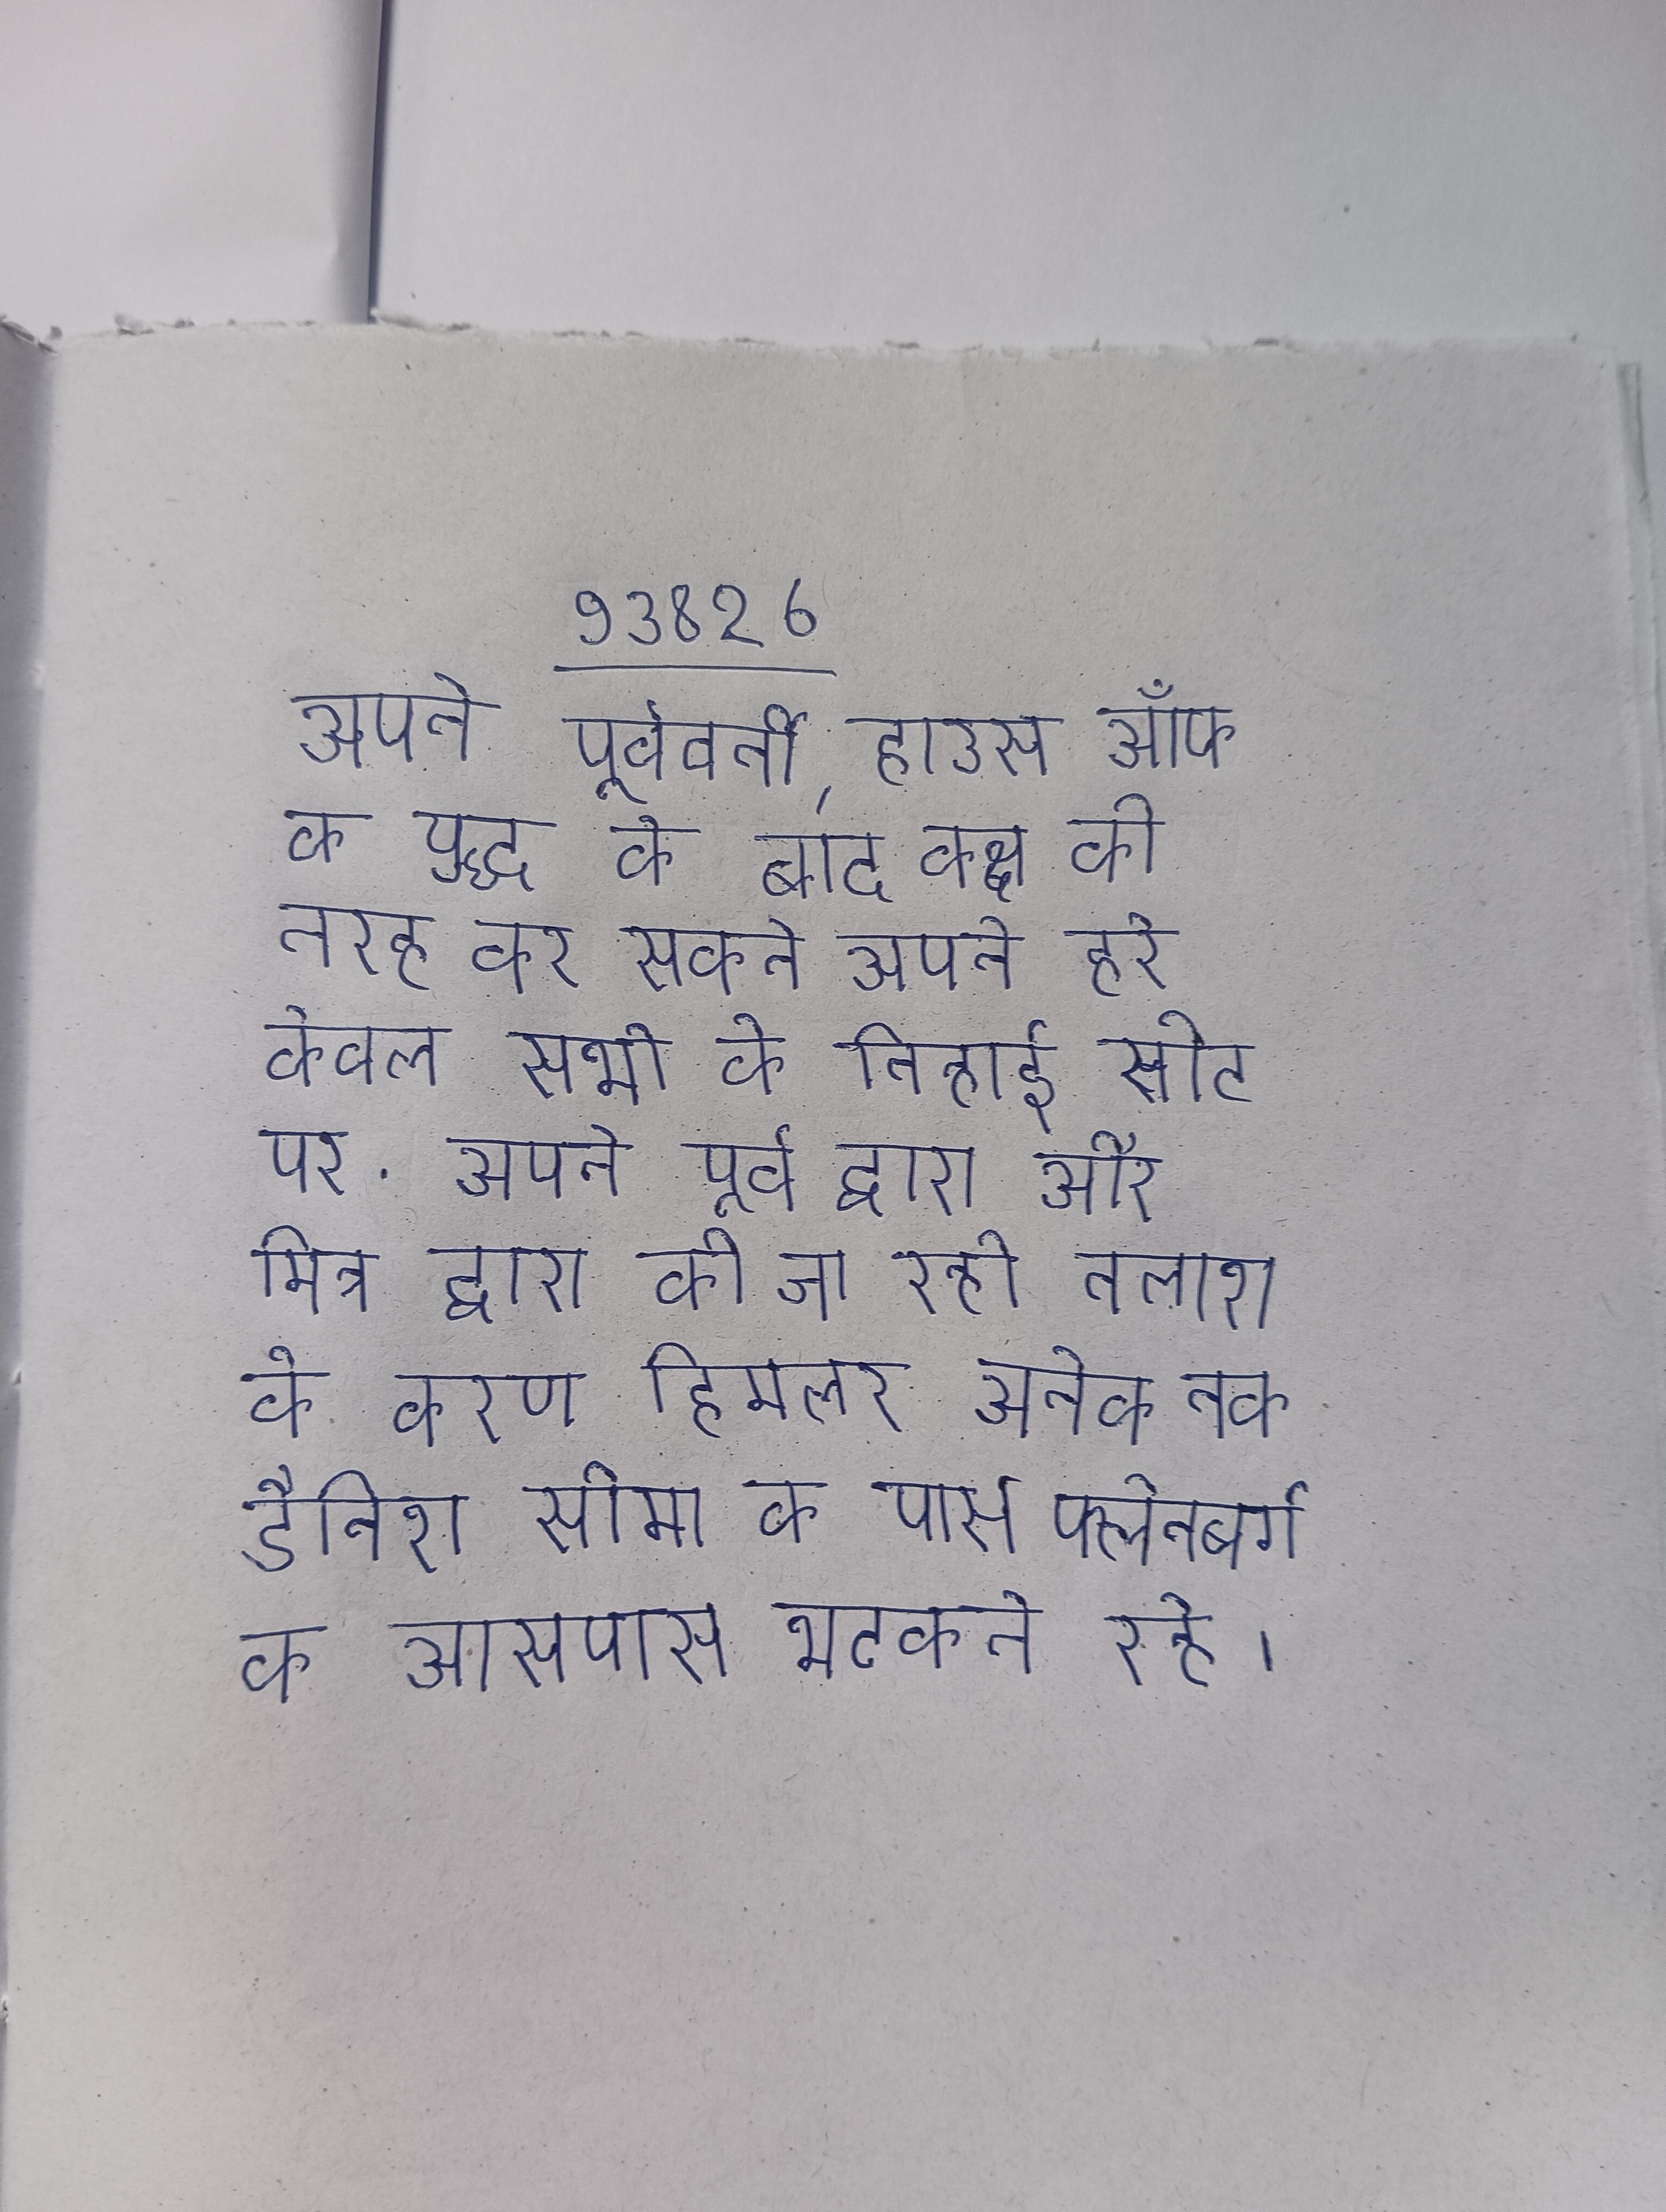
अपने पूर्ववर्ती, हाउस ऑफ के युद्ध के बाद कक्ष की तरह कर सकते अपने हरे केवल सत्ता पक्ष के बारे दो के सभी के तिहाई सीट पर . अपने पूर्व द्वारा और मित्र द्वारा की जा रही तलाश के कारण हिमलर अनेक तक डैनिश सीमा के पास फ्लेनबर्ग के आसपास भटकते रहे ।